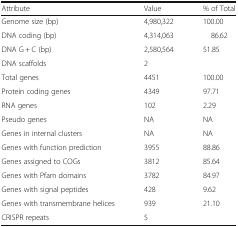
<table><thead><tr><td><b>Attribute</b></td><td><b>Value</b></td><td><b>% of Total</b></td></tr></thead><tbody><tr><td>Genome size (bp)</td><td>4,980,322</td><td>100.00</td></tr><tr><td>DNA coding (bp)</td><td>4,314,063</td><td>86.62</td></tr><tr><td>DNA G + C (bp)</td><td>2,580,564</td><td>51.85</td></tr><tr><td>DNA scaffolds</td><td>2</td><td></td></tr><tr><td>Total genes</td><td>4451</td><td>100.00</td></tr><tr><td>Protein coding genes</td><td>4349</td><td>97.71</td></tr><tr><td>RNA genes</td><td>102</td><td>2.29</td></tr><tr><td>Pseudo genes</td><td>NA</td><td>NA</td></tr><tr><td>Genes in internal clusters</td><td>NA</td><td>NA</td></tr><tr><td>Genes with function prediction</td><td>3955</td><td>88.86</td></tr><tr><td>Genes assigned to COGs</td><td>3812</td><td>85.64</td></tr><tr><td>Genes with Pfam domains</td><td>3782</td><td>84.97</td></tr><tr><td>Genes with signal peptides</td><td>428</td><td>9.62</td></tr><tr><td>Genes with transmembrane helices</td><td>939</td><td>21.10</td></tr><tr><td>CRISPR repeats</td><td>5</td><td></td></tr></tbody></table>